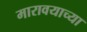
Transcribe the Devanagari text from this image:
मारावयाच्या